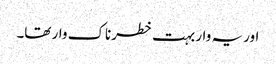
اور یہ وار بہت خطرناک وار تھا۔